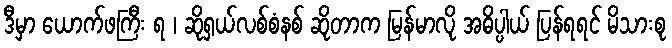
ဒီမှာ ယောက်ဖကြီး ရ ၊ ဆိုရှယ်လစ်စံနစ် ဆိုတာက မြန်မာလို အဓိပ္ပါယ် ပြန်ရရင် မိသားစု